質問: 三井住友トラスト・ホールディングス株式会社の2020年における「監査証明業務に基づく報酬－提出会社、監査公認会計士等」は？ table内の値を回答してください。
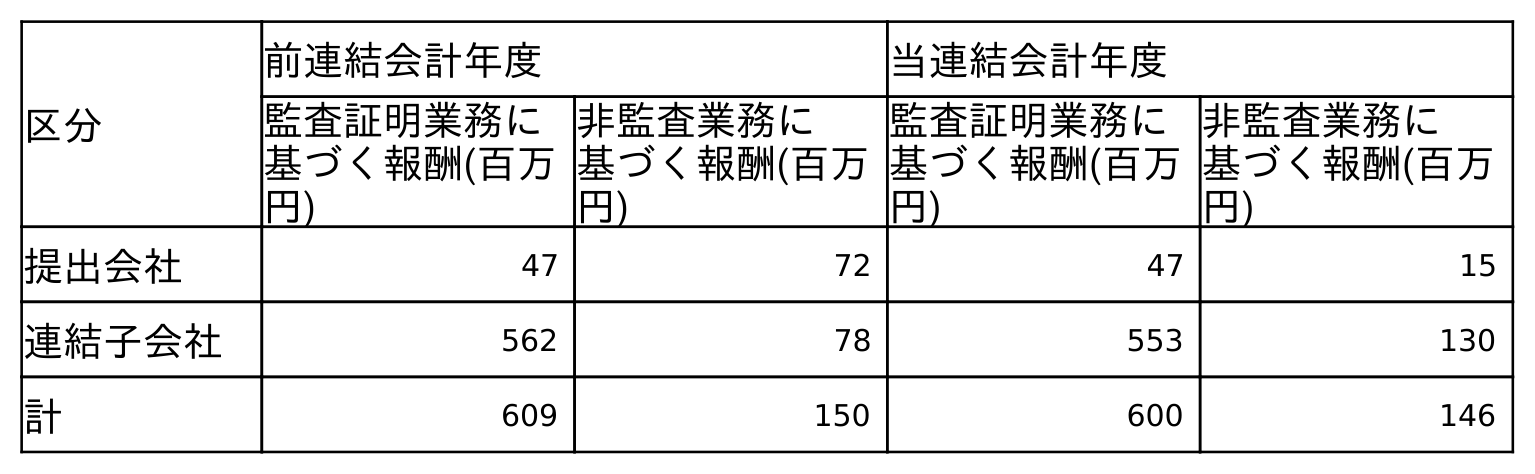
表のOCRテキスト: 区分 前連結会計年度 当連結会計年度 監査証明業務に 基づく報酬(百万 円) 非監査業務に 基づく報酬(百万 円) 監査証明業務に 基づく報酬(百万 円) 非監査業務に 基づく報酬(百万 円) 提出会社 47 72 47 15 連結子会社 562 78 553 130 計 609 150 600 146
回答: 47